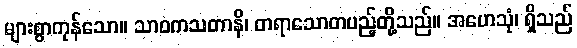
များစွာကုန်သော။ သာဝကသတာနိ၊ တရာသောတပည့်တို့သည်။ အဟေသုံ၊ ရှိသည်